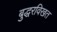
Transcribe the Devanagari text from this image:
बुद्धरविखत